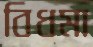
বিধমা